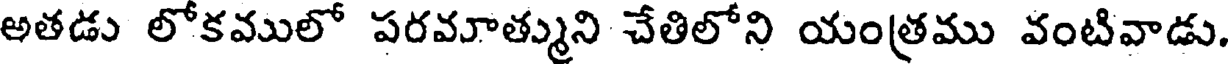
అతడు లోకములో పరమాత్ముని చేతిలోని యంత్రము వంటివాడు.